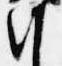
朝